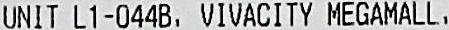
UNIT L1-044B, VIVACITY MEGAMALL,